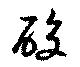
酸